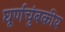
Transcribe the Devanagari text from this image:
घूर्णंचुंबकीय